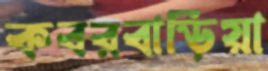
কবরবাড়িয়া